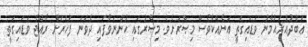
ޢަބްދުއްރަޙުމާނު ވަޑައިގަތީ އަނެއްކާވެސް މިޞްރަށެވެ. މިޞްރުގައި ހުންނަވާފައި ދެވަނަ ފަހަރަށް ރާއްޖެ ވަޑައިގަތީ